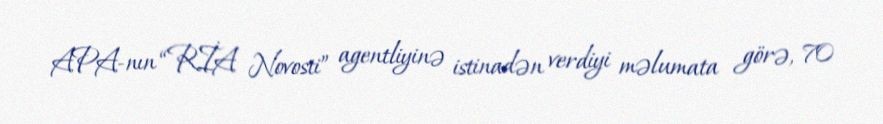
APA-nın “RİA Novosti” agentliyinə istinadən verdiyi məlumata görə, 70